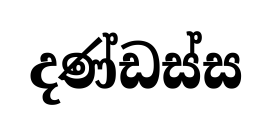
දණ්ඩස්ස